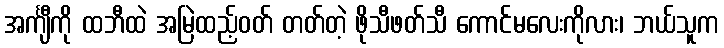
အင်္ကျီကို ထဘီထဲ အမြဲထည့်ဝတ် တတ်တဲ့ ဖိုသီဖတ်သီ ကောင်မလေးကိုလား၊ ဘယ်သူက